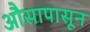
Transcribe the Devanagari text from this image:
औसापासून